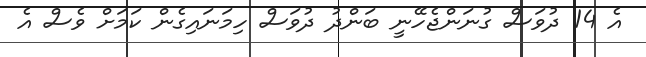
އެ 14 ދުވަސް ގުނަންޖެހޭނީ ބަންދު ދުވަސް ހިމަނައިގެން ކަމަށް ވެސް އެ